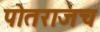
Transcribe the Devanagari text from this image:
पोतराजच